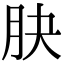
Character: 䏐